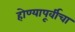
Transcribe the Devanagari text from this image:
होण्यापूर्वीचा